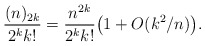
\begin{align*} \frac{(n)_{2k}}{2^k k!} = \frac{n^{2k}}{2^k k!} \bigl(1 + O(k^2/n)\bigr).\end{align*}